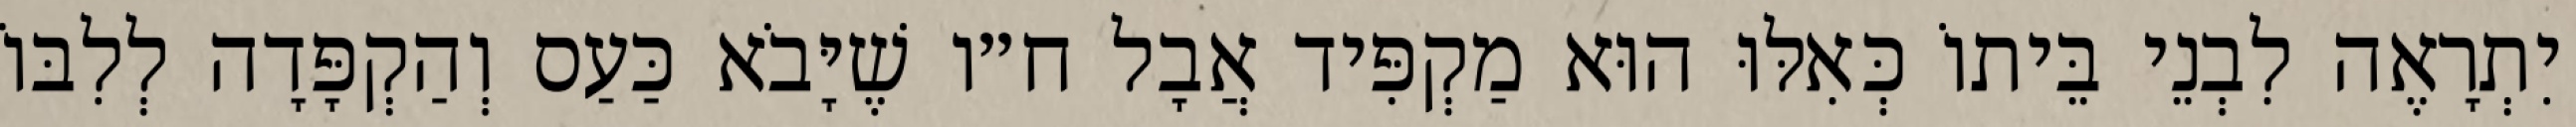
יִתְרָאֶה לִבְנֵי בֵּיתוֹ כְּאִלּוּ הוּא מַקְפִּיד אֲבָל ח״ו שֶׁיָּבֹא כַּעַס וְהַקְפָּדָה לְלִבּוֹ